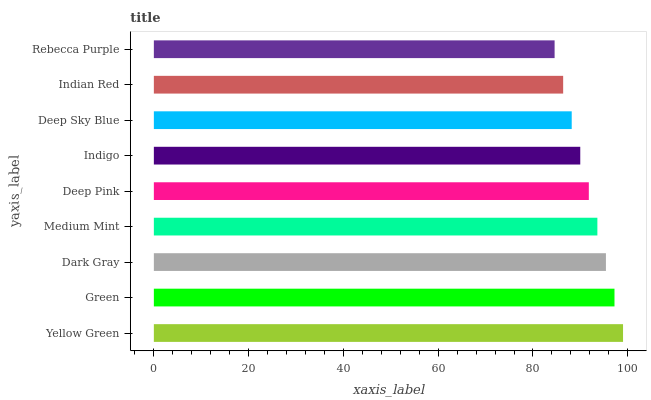
| yaxis_label | bars |
 | --- | --- |
 | Yellow Green | 99 |
 | Green | 97.2 |
 | Dark Gray | 95.4 |
 | Medium Mint | 93.6 |
 | Deep Pink | 91.8 |
 | Indigo | 90 |
 | Deep Sky Blue | 88.2 |
 | Indian Red | 86.4 |
 | Rebecca Purple | 84.6 |